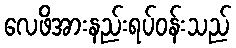
လေဖိအားနည်းရပ်ဝန်းသည်